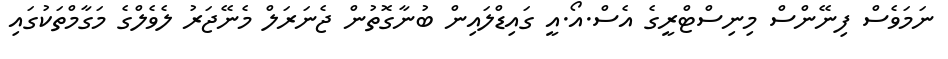
ނަމަވެސް ފިނޭންސް މިނިސްޓްރީގެ އެސް.އޯ.އީ ގައިޑްލައިން ބުނާގޮތުން ޖެނަރަލް މެނޭޖަރު ލެވެލްގެ މަގާމްތަކުގައި